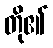
တို၏